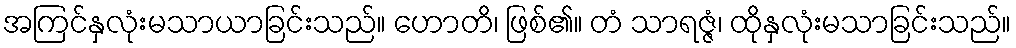
အကြင်နှလုံးမသာယာခြင်းသည်။ ဟောတိ၊ ဖြစ်၏။ တံ သာရဇ္ဇံ၊ ထိုနှလုံးမသာခြင်းသည်။